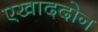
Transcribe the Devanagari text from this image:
एखाददोन